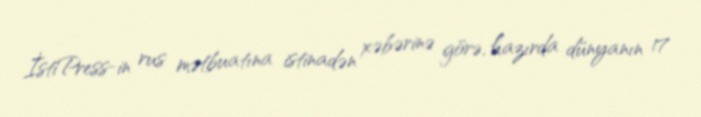
İstiPress-in rus mətbuatına istinadən xəbərinə görə, hazırda dünyanın 17